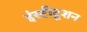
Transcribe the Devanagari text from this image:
इंस्टीटूशन